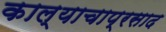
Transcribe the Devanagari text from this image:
काल्याचाप्रसाद